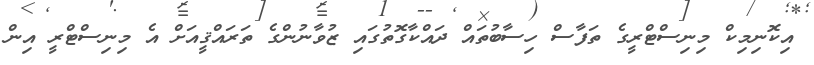
އިކޮނިމިކް މިނިސްޓްރީގެ ތަފާސް ހިސާބުތައް ދައްކާގޮތުގައި ޒުވާނުންގެ ތަރައްޤީއަށް އެ މިނިސްޓްރީ އިން